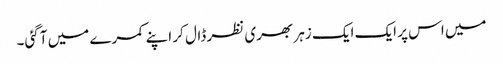
میں اس پر ایک ایک زہر بھری نظر ڈال کر اپنے کمرے میں آگئی۔